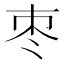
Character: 枣